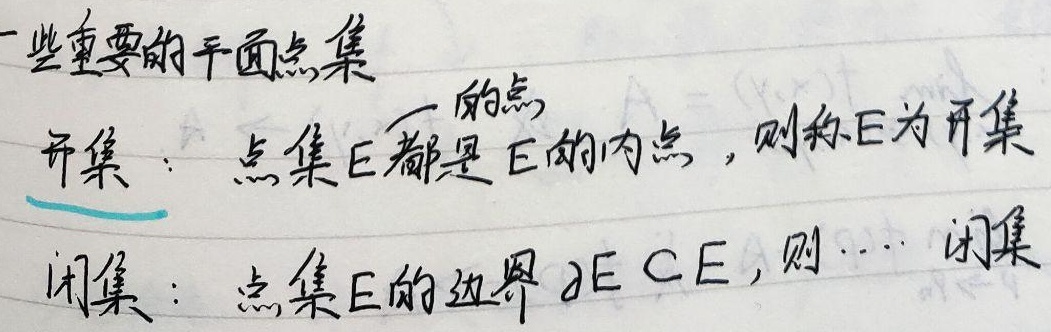
一些重要的平面点集：
开集：若点集 \(E\) 中的所有点都是 \(E\) 的内点，则称 \(E\) 为开集。
闭集：若点集 \(E\) 的边界 \(\partial E \subset E\)，则称 \(E\) 为闭集。